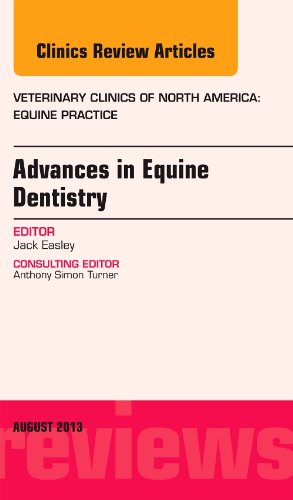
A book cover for Advances in Equine Dentistry, An Issue of Veterinary Clinics: Equine Practice, 1e (The Clinics: Veterinary Medicine); Jack Easley DVM  MS  DABVP (Equine); Medical Books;